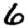
Digit: 6